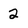
Character: 2